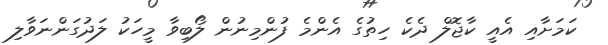
ކަމަށާއި އެއީ ކާޖޮލް ދެކެ ހިތުގެ އެންމެ ފުންމިނުން ލޯބިވާ މީހަކު ލަދުގަންނަވާލި